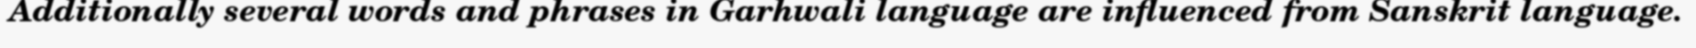
Additionally several words and phrases in Garhwali language are influenced from Sanskrit language.